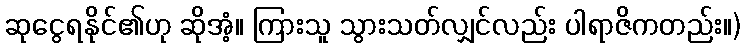
ဆုငွေရနိုင်၏ဟု ဆိုအံ့။ ကြားသူ သွားသတ်လျှင်လည်း ပါရာဇိကတည်း။)